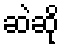
ဆဲဆို